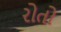
રોતો